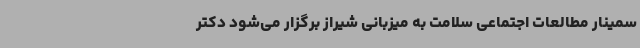
سمینار مطالعات اجتماعی سلامت به میزبانی شیراز برگزار می‌شود دکتر